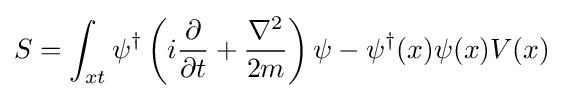
S=\int _{xt}\psi ^{\dagger }\left(i{\partial  \over \partial t}+{\nabla ^{2} \over 2m}\right)\psi -\psi ^{\dagger }(x)\psi (x)V(x)